65_HS1-834228961_62-HQ-83894_Section_4
Agency: FBI
Page 19
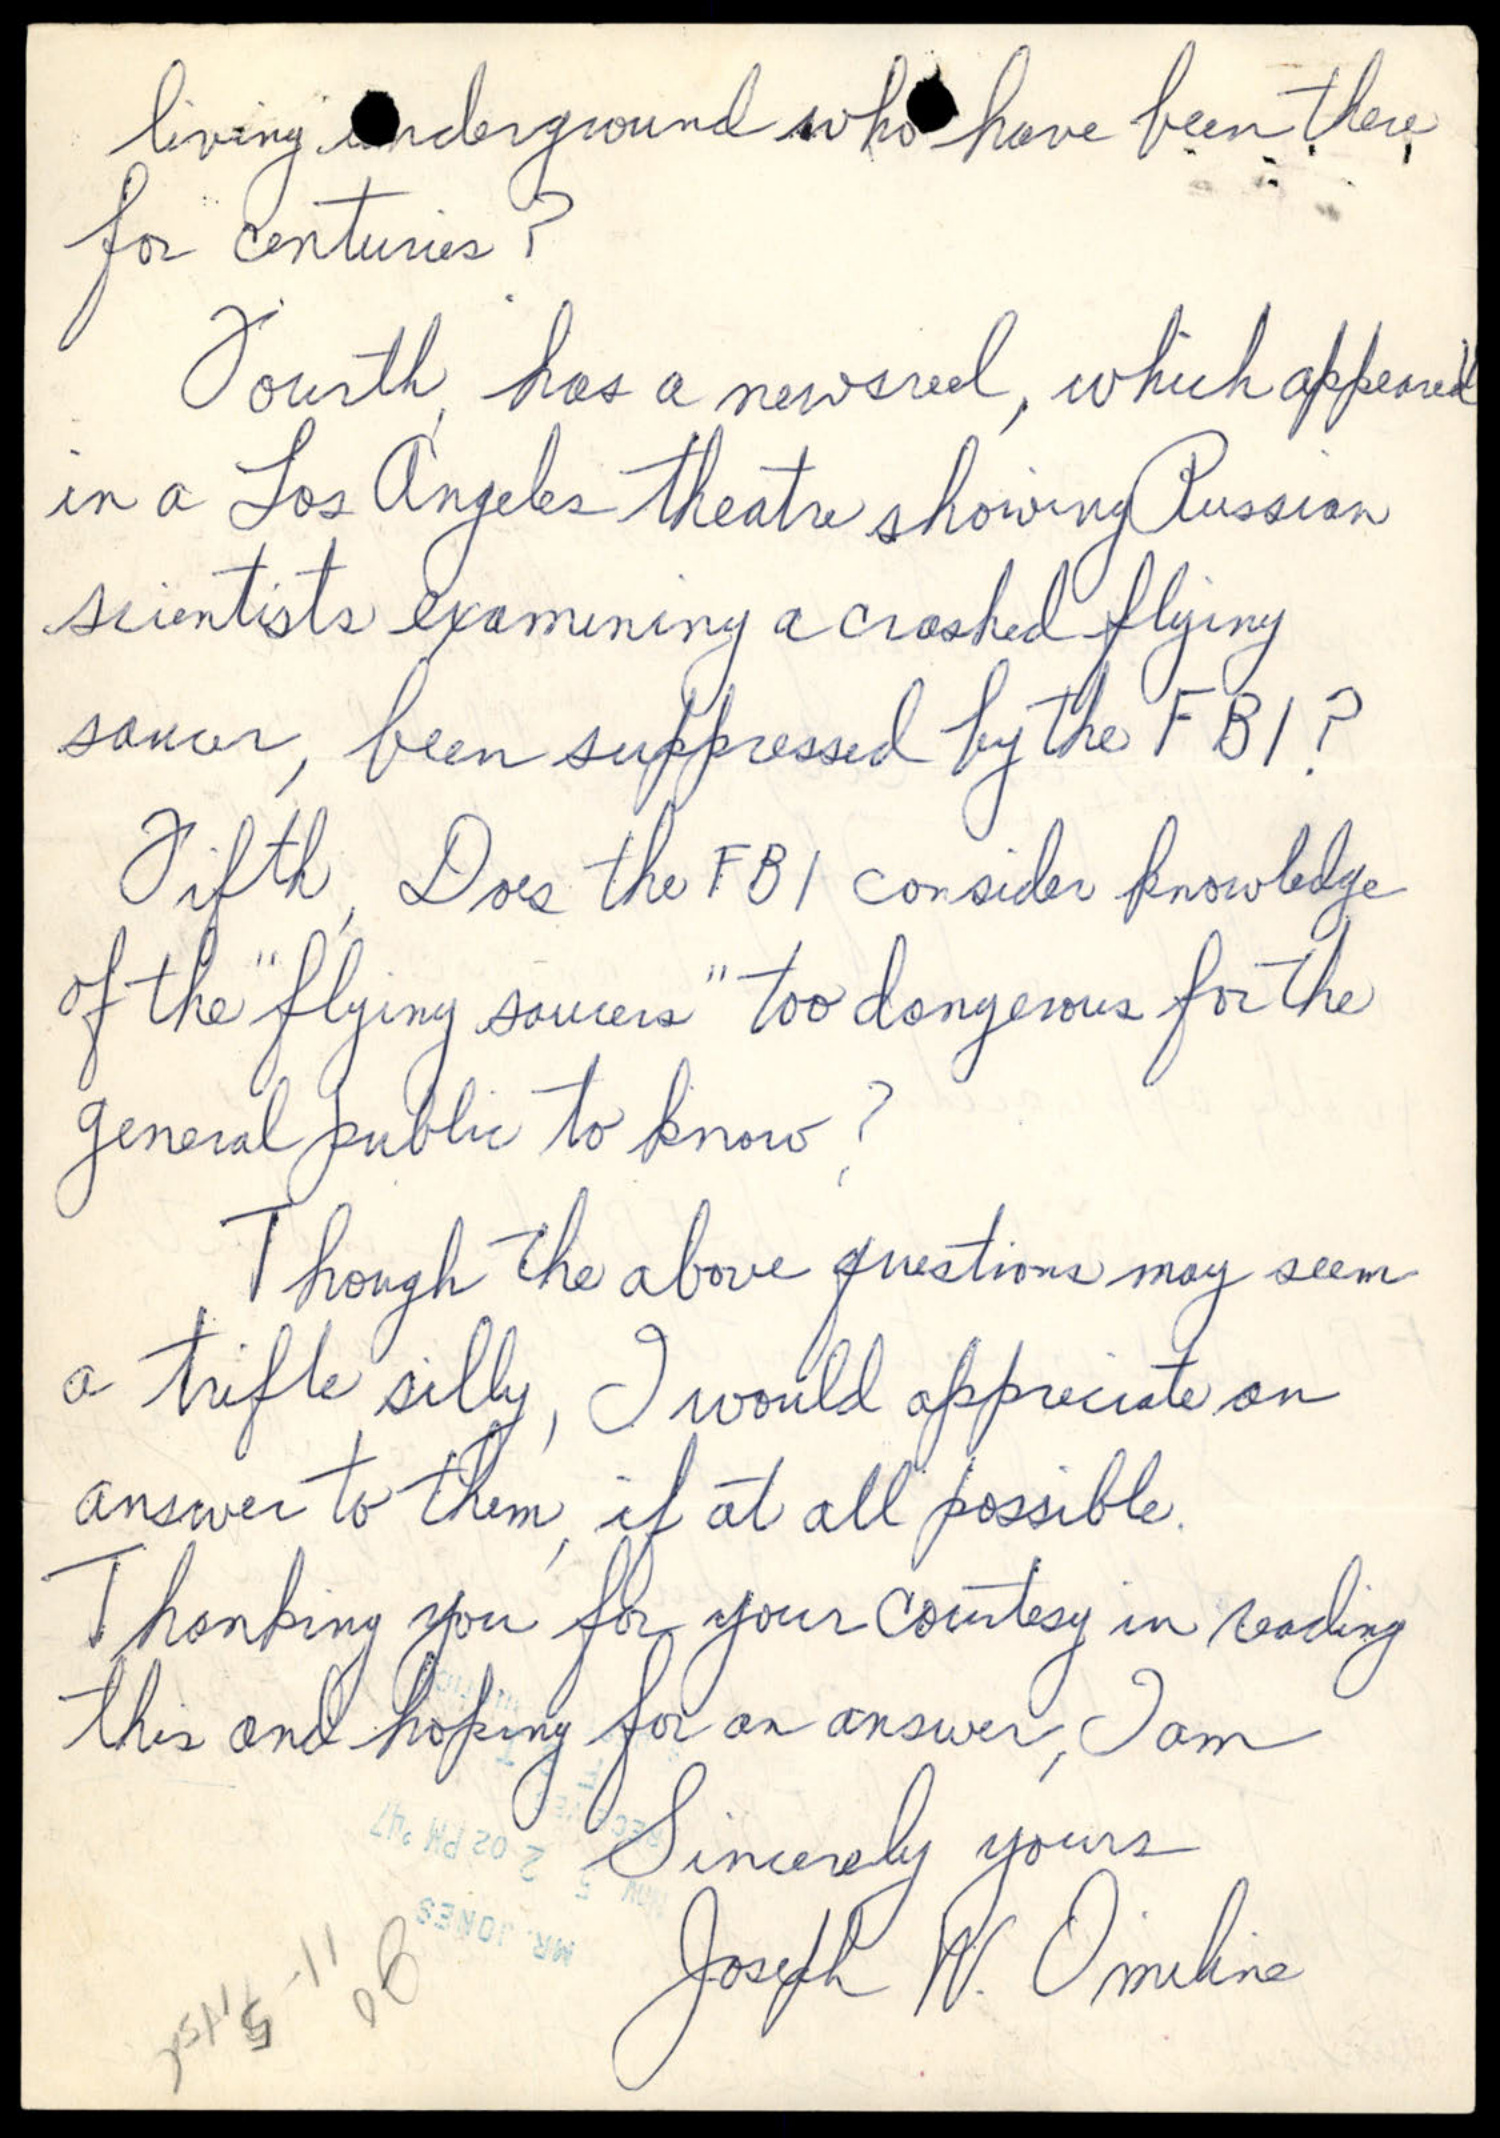